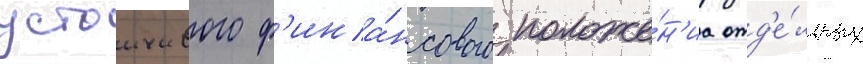
устоичивого ф'ина́нсового положе́н'иа отд'е́льных